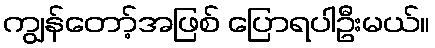
ကျွန်တော့်အဖြစ် ပြောရပါဦးမယ်။